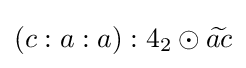
(c:a:a):4_{2}\odot {\widetilde {ac}}